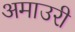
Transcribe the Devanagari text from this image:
अमाउरी